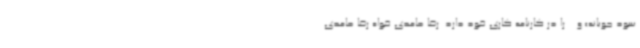
سود جویانه» و... را در کارنامه کاری خود دارد. رضا حامدی خواه رضا حامدی